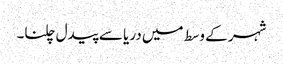
شہر کے وسط میں دریا سے پیدل چلنا۔